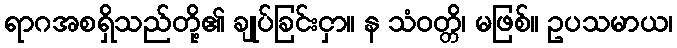
ရာဂအစရှိသည်တို့၏ ချုပ်ခြင်းငှာ။ န သံဝတ္တိ၊ မဖြစ်။ ဥပသမာယ၊